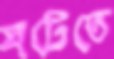
ঘটেতে